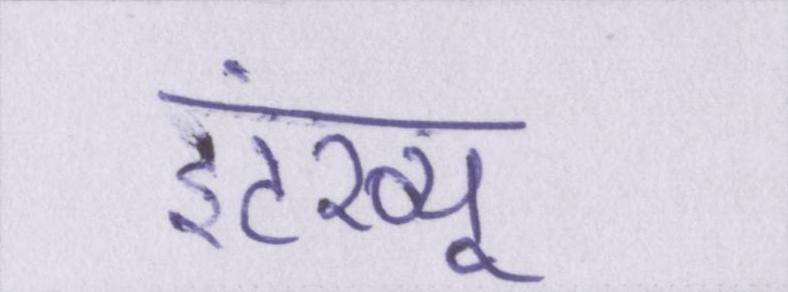
इंटरव्यू